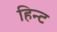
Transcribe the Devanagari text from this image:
हिन्ट